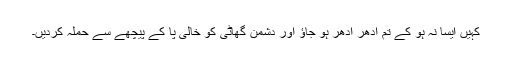
کہیں ایسا نہ ہو کے تم ادھر اُدھر ہو جاؤ اور دشمن گھاٹی کو خالی پا کے پیچھے سے حملہ کردیں۔